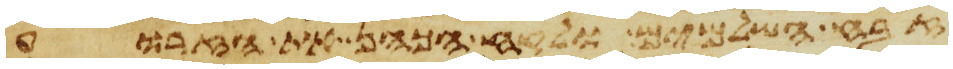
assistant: זבח השלמים ולקח הכהן את הזרוע